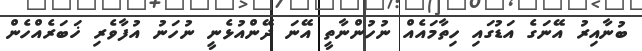
ބުނާއިރު އޭނަގެ އަޑުގައި ހިތާމައެއް ނުހުންނާތީ އޭނަ ދޭންއުޅެނީ ނުހަނު އުފާވެރި ޚަބަރެއްހެން